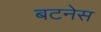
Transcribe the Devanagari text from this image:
बटनेस